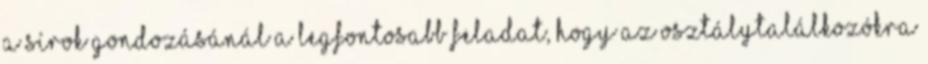
A sírok gondozásánál a legfontosabb feladat, hogy az osztálytalálkozókra